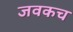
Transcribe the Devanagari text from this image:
जवकच